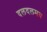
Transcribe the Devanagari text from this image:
दलदलमय